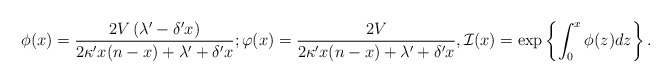
\begin{align*} \phi(x) = \frac{2V\left(\lambda' - \delta' x\right)}{2\kappa' x(n-x) +\lambda' +\delta' x};\varphi(x) = \frac{2V}{2\kappa' x(n-x) +\lambda' +\delta' x}, {\cal I}(x) = \exp\left\{ \int_0^x \phi(z)dz \right\}. \end{align*}